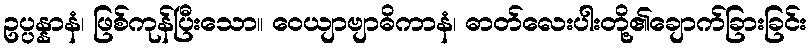
ဥပ္ပန္နာနံ၊ ဖြစ်ကုန်ပြီးသော။ ဝေယျာဗျာဓိကာနံ၊ ဓာတ်လေးပါးတို့၏ချောက်ခြားခြင်း